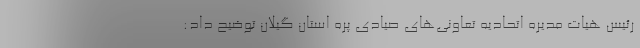
رئیس هیات مدیره اتحادیه تعاونی‌های صیادی پره استان گیلان توضیح داد: